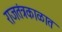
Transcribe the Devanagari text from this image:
राजतंत्रकाळात